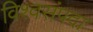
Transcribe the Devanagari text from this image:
विश्वसंपदा